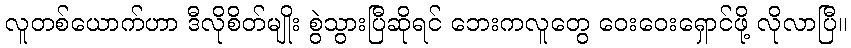
လူတစ်ယောက်ဟာ ဒီလိုစိတ်မျိုး စွဲသွားပြီဆိုရင် ဘေးကလူတွေ ဝေးဝေးရှောင်ဖို့ လိုလာပြီ။